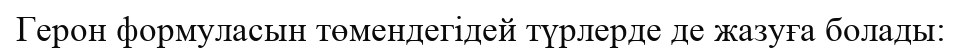
Герон формуласын төмендегідей түрлерде де жазуға болады: